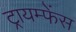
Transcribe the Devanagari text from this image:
ट्रायम्फेंस